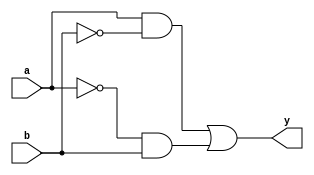
module xor_pass_gate(input a, b, output y);

  wire not_b;
  wire a_and_not_b, not_a_and_b;
  
  assign not_b = ~b;
  assign a_and_not_b = a & not_b;
  assign not_a_and_b = ~a & b;
  
  assign y = a_and_not_b | not_a_and_b;
  
endmodule